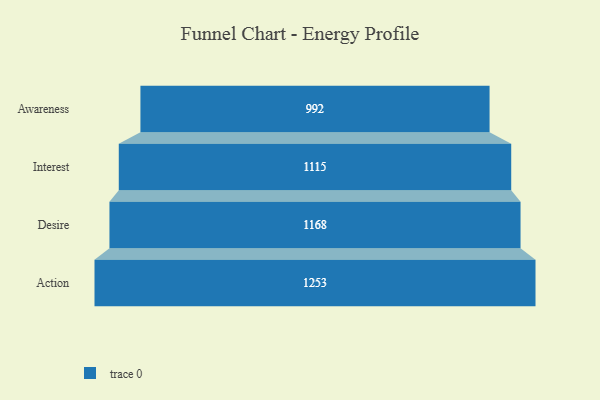
{"axis": {"x": "Stage", "y": "Value"}, "legend": [""], "data": [{"x": "Awareness", "y": 992.0, "type": ""}, {"x": "Interest", "y": 1115.0, "type": ""}, {"x": "Desire", "y": 1168.0, "type": ""}, {"x": "Action", "y": 1253.0, "type": ""}]}